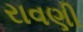
રાવણી